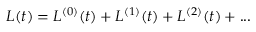
L ( t ) = L ^ { ( 0 ) } ( t ) + L ^ { ( 1 ) } ( t ) + L ^ { ( 2 ) } ( t ) + . . .